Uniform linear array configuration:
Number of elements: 8
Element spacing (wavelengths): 0.75
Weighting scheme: hann
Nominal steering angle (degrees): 30
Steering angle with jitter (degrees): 31.852
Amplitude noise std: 0.05
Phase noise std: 0.05

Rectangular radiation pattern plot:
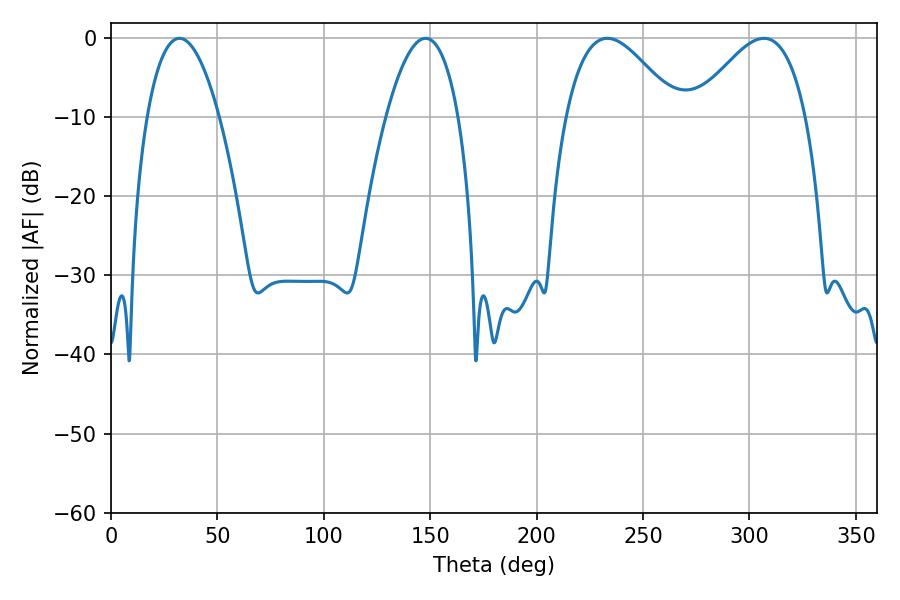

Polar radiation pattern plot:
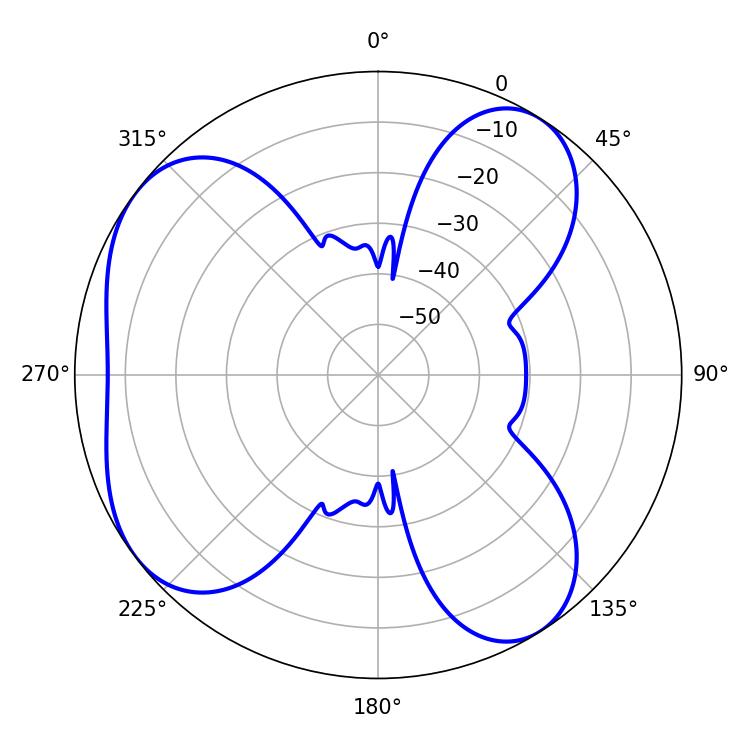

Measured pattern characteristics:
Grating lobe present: TRUE
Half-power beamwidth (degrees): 18.9
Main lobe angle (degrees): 147.78